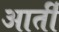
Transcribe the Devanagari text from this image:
आर्ती